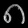
Digit: ၈